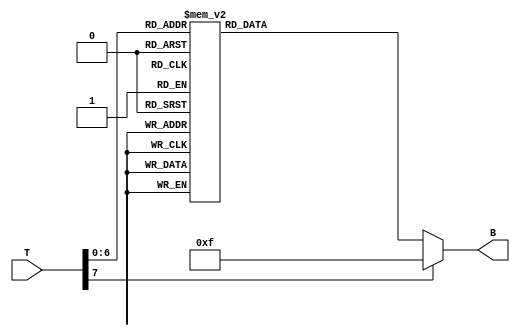
module ThermalEncoder (
    input [7:0] T,  // 8-bit temperature input (0C to 255C)
    output reg [6:0] B // 7-bit encoded output
);

// Combinational Logic
always @(*) begin
    case (T)
        8'd0:      B = 7'b0000000; // 0C
        8'd1:      B = 7'b0000000; // 0C
        8'd2:      B = 7'b0000000; // 0C
        8'd3:      B = 7'b0000000; // 0C
        8'd4:      B = 7'b0000000; // 0C
        8'd5:      B = 7'b0000000; // 0C
        8'd6:      B = 7'b0000000; // 0C
        8'd7:      B = 7'b0000000; // 0C
        8'd8:      B = 7'b0000000; // 0C
        8'd9:      B = 7'b0000000; // 0C
        8'd10:     B = 7'b0000000; // 0C
        8'd11:     B = 7'b0000001; // 11C
        8'd12:     B = 7'b0000001; // 11C
        8'd13:     B = 7'b0000001; // 11C
        8'd14:     B = 7'b0000001; // 11C
        8'd15:     B = 7'b0000001; // 11C
        8'd16:     B = 7'b0000001; // 11C
        8'd17:     B = 7'b0000001; // 11C
        8'd18:     B = 7'b0000001; // 11C
        8'd19:     B = 7'b0000001; // 11C
        8'd20:     B = 7'b0000001; // 11C
        8'd21:     B = 7'b0000010; // 21C
        8'd22:     B = 7'b0000010; // 21C
        8'd23:     B = 7'b0000010; // 21C
        8'd24:     B = 7'b0000010; // 21C
        8'd25:     B = 7'b0000010; // 21C
        8'd26:     B = 7'b0000010; // 21C
        8'd27:     B = 7'b0000010; // 21C
        8'd28:     B = 7'b0000010; // 21C
        8'd29:     B = 7'b0000010; // 21C
        8'd30:     B = 7'b0000010; // 21C
        // Continue for other ranges
        // ...
        8'd91:     B = 7'b0001100; // 91C
        8'd92:     B = 7'b0001100; // 91C
        8'd93:     B = 7'b0001100; // 91C
        8'd94:     B = 7'b0001100; // 91C
        8'd95:     B = 7'b0001100; // 91C
        8'd96:     B = 7'b0001100; // 91C
        8'd97:     B = 7'b0001100; // 91C
        8'd98:     B = 7'b0001100; // 91C
        8'd99:     B = 7'b0001100; // 91C
        8'd100:    B = 7'b0001100; // 91C
        default:   B = 7'b0001111; // Default case or error code
    endcase
end

endmodule